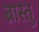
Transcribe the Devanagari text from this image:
ब्रास्तु